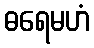
ဓရေမဟံ